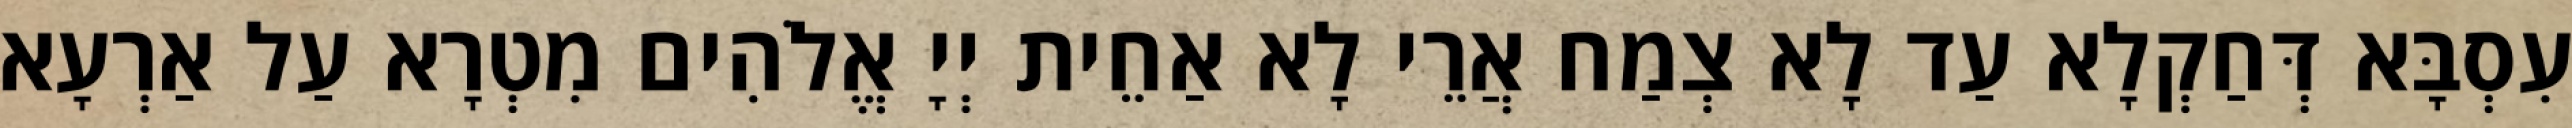
עִסְבָּא דְּחַקְלָא עַד לָא צְמַח אֲרֵי לָא אַחֵית יְיָ אֱלֹהִים מִטְרָא עַל אַרְעָא